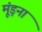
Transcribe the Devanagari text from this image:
मूंड़ना